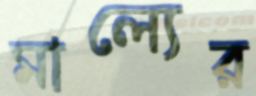
মাল্যের